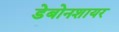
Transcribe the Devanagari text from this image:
डेबोनशायर